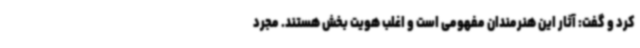
کرد و گفت: آثار این هنرمندان مفهومی است و اغلب هویت بخش هستند. مجرد